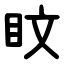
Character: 盿